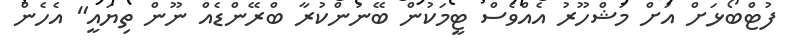
ފުޓްބޯޅަށް އަށް މަޝްހޫރު އެއްވެސް ޓީމަކުން ބޭނުންކުރާ ބްރޭންޑެއް ނޫން ތިޔައީ" އެހެން